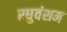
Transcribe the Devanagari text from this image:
रघुवंशम